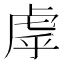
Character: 虖